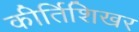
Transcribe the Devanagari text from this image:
कीर्तिशिखर